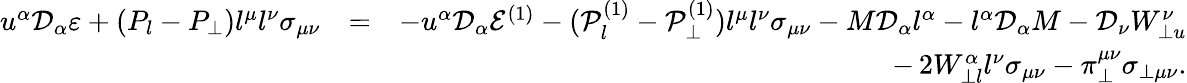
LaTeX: \begin{array}{rlr}{u^{\alpha}\mathcal{D}_{\alpha}\varepsilon+(P_{l}-P_{\perp})l^{\mu}l^{\nu}\sigma_{\mu\nu}}&{=}&{-u^{\alpha}\mathcal{D}_{\alpha}\mathcal{E}^{(1)}-(\mathcal{P}_{l}^{(1)}-\mathcal{P}_{\perp}^{(1)})l^{\mu}l^{\nu}\sigma_{\mu\nu}-M\mathcal{D}_{\alpha}l^{\alpha}-l^{\alpha}\mathcal{D}_{\alpha}M-\mathcal{D}_{\nu}W_{\perp u}^{\nu}}\\ &{}&{-\, 2W_{\perp l}^{\alpha}l^{\nu}\sigma_{\mu\nu}-\pi_{\perp}^{\mu\nu}\sigma_{\perp\mu\nu}.}\end{array}